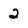
Character: 2